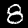
Label: 8